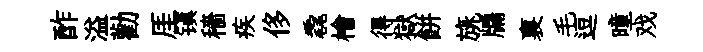
酢溢勸厓镇穡疾侈毳檜得獄餅旐牖裏毛逗曈戏